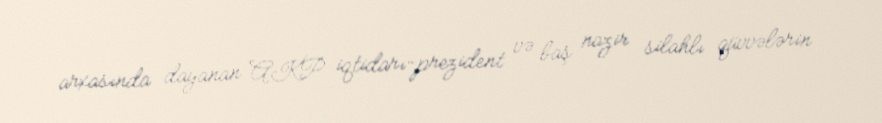
arxasında dayanan AKP iqtidarı-prezident və baş nazir silahlı qüvvələrin